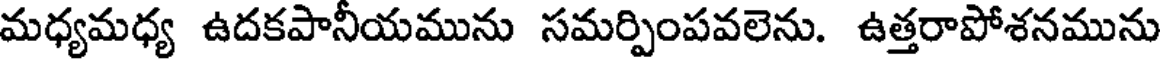
మధ్యమధ్య ఉదకపానీయమును సమర్పింపవలెను. ఉత్తరాపోశనమును